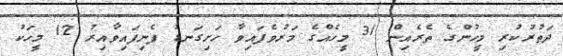
ދަތުރުކުރި މީހުންގެ ތެރެއިން 31 މީހެއްގެ މަރުވެފައިވާ ހަށިގަނޑު ފެނިފައިވާއިރު 12 މީހަކު